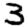
Digit: 3